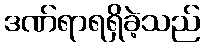
ဒဏ်ရာရရှိခဲ့သည်